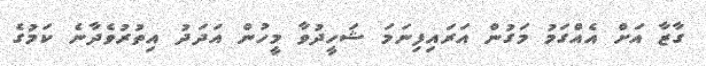
ގާޒާ އަށް އެއްގަމު މަގުން އަރައިފިނަމަ ޝަހީދުވާ މީހުން އަދަދު އިތުރުވެދާނެ ކަމުގެ